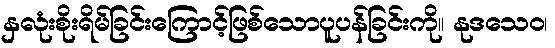
နှလုံးစိုးရိမ်ခြင်းကြောင့်ဖြစ်သောပူပန်ခြင်းကို။ နုဒသေဝ၊